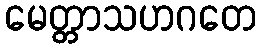
မေတ္တာသဟဂတေ